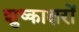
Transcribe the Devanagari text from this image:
शुष्काक्षरों